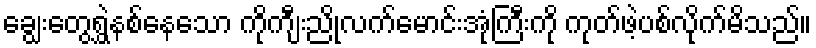
ချွေးတွေရွှဲနစ်နေသော ကိုကျီးညိုလက်မောင်းအုံကြီးကို ကုတ်ဖဲ့ပစ်လိုက်မိသည်။